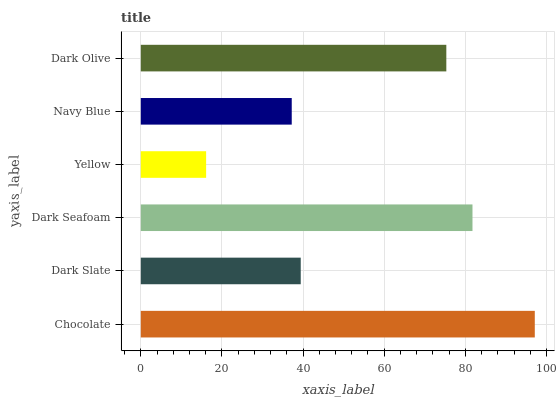
| yaxis_label | bars |
 | --- | --- |
 | Chocolate | 97.1 |
 | Dark Slate | 39.4 |
 | Dark Seafoam | 81.8 |
 | Yellow | 16.1 |
 | Navy Blue | 37.2 |
 | Dark Olive | 75.3 |